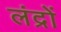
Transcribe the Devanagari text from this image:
लंद्रों